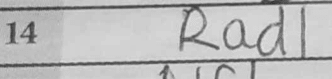
Transcription: Rad1